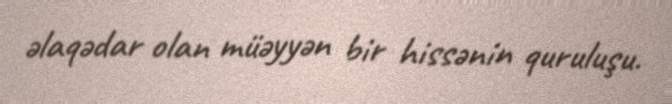
əlaqədar olan müəyyən bir hissənin quruluşu.